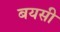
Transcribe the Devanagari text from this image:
बयसी